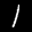
Label: 1